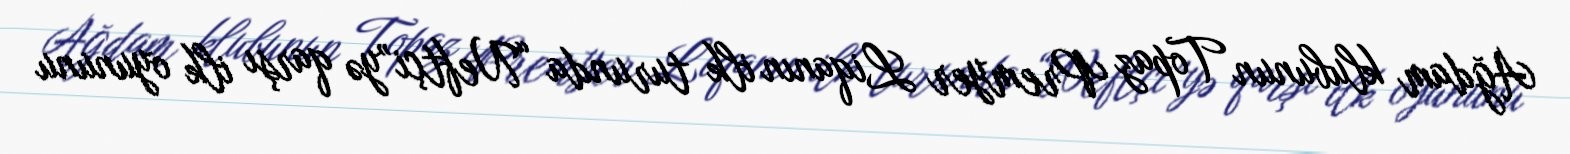
Ağdam klubunun Topaz Premyer Liqanın ilk turunda “Neftçi”yə qarşı ilk oyununu